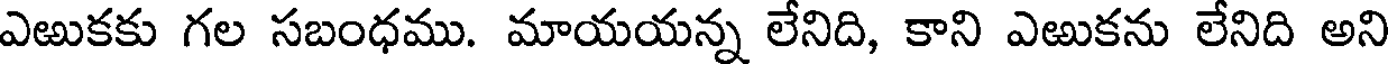
ఎఱుకకు గల సబంధము. మాయయన్న లేనిది, కాని ఎఱుకను లేనిది అని